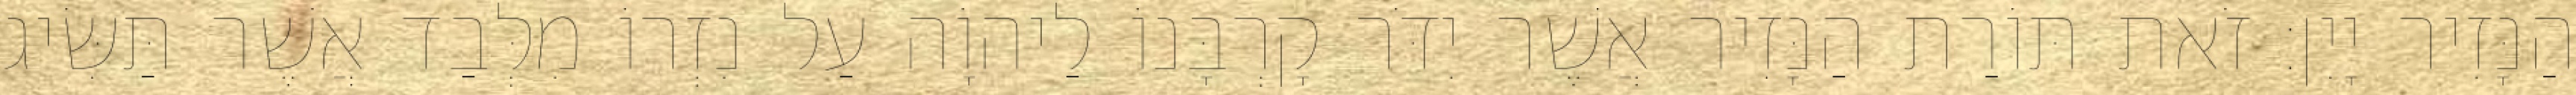
הַנָּזִיר יָיִן׃ זֹאת תּוֹרַת הַנָּזִיר אֲשֶׁר יִדֹּר קָרְבָּנוֹ לַיהוָֹה עַל נִזְרוֹ מִלְּבַד אֲשֶׁר תַּשִּׂיג